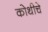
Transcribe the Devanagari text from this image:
कोथीचे